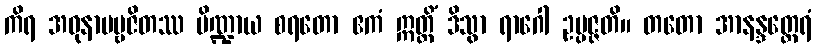
ကိရ အဓုနာပဗ္ဗဇိတဿ ပိဏ္ဍာယ စရတော ဧကံ ဣတ္ထိံ ဒိသွာ ရာဂေါ ဥပ္ပဇ္ဇတိ။ တတော အာနန္ဒတ္ထေရံ